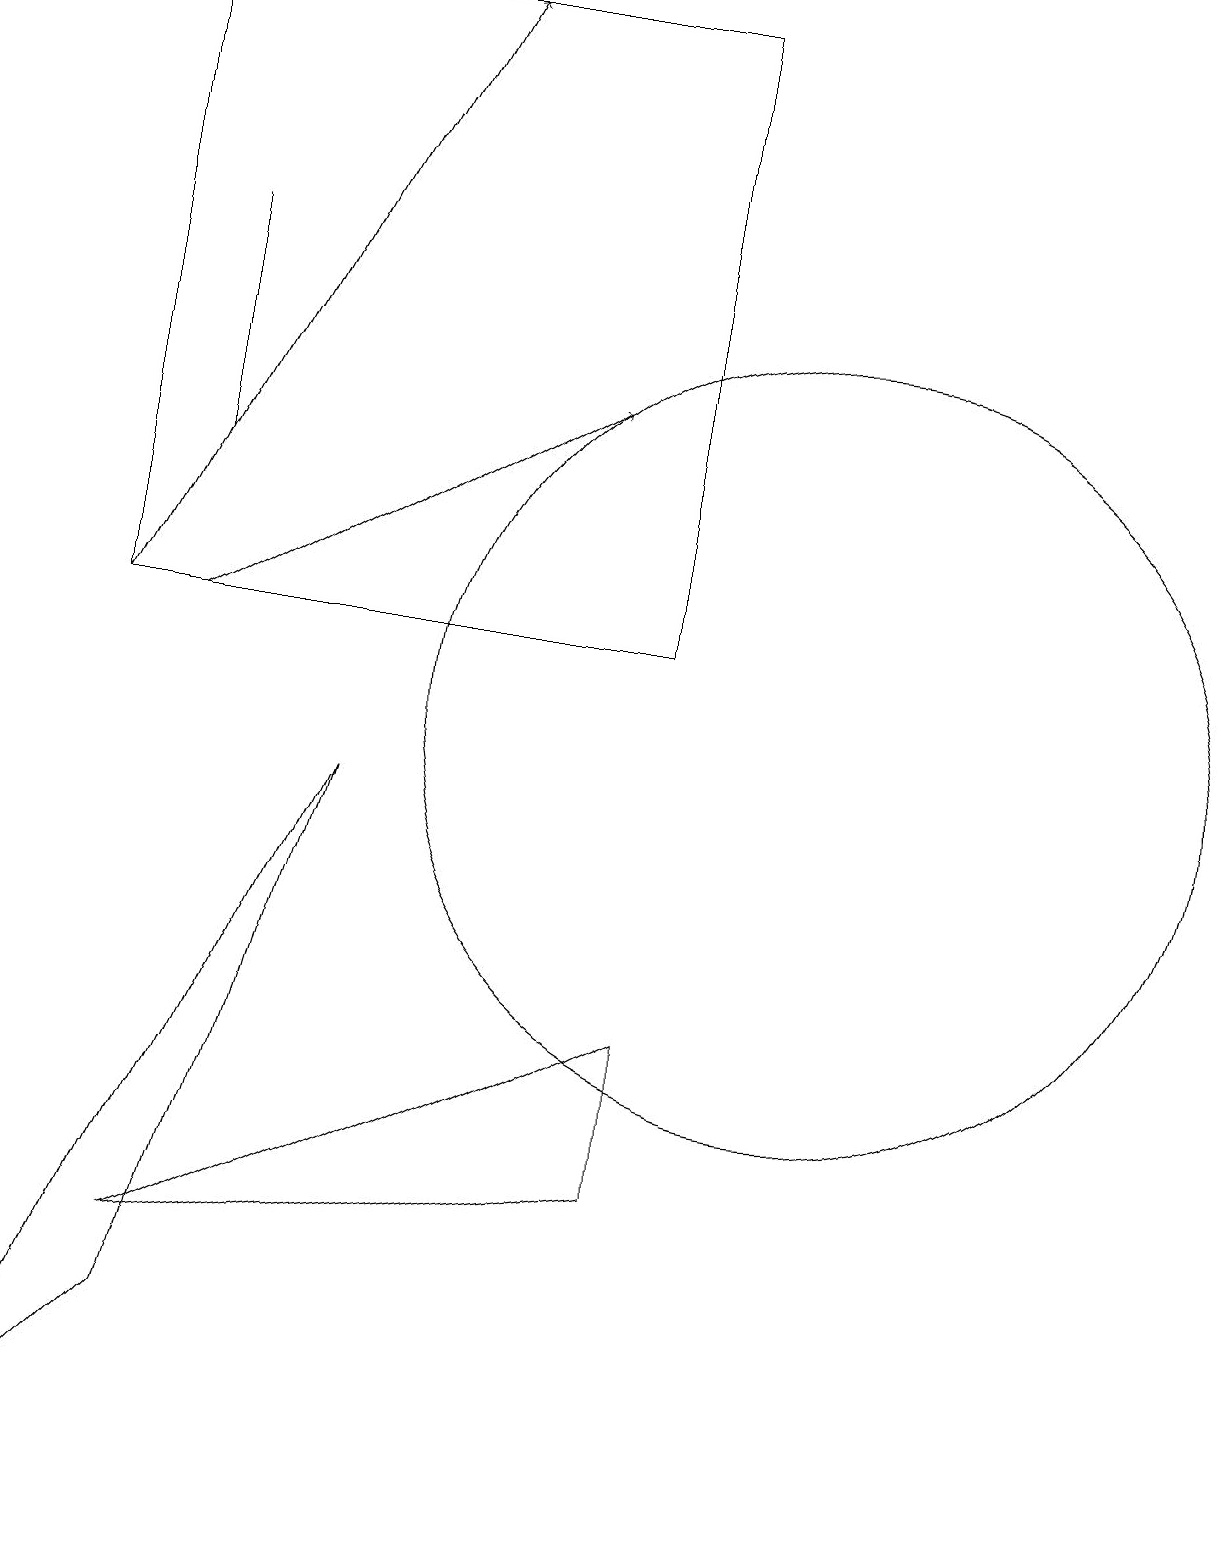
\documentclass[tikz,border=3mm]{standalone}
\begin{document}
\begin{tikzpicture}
\draw (11,10) circle (5);
\draw (9,11) rectangle (2,19);
\draw[->] (3,11) -- (8,14);
\draw[->] (2,11) -- (6,19);
\draw (9,4) -- (9,6) -- (3,3) -- cycle;
\draw (1,0) -- (5,9) -- (3,2) -- cycle;
\draw (3,16) rectangle (3,13);
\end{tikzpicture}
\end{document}